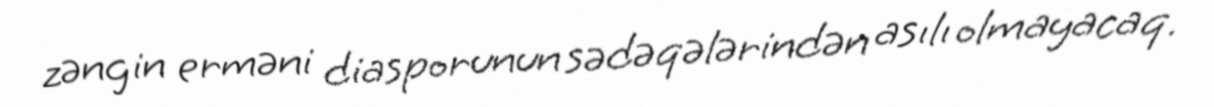
zəngin erməni diasporunun sədəqələrindən asılı olmayacaq.